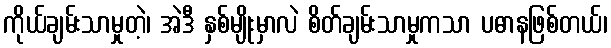
ကိုယ်ချမ်းသာမှုတဲ့၊ အဲဒီ နှစ်မျိုးမှာလဲ စိတ်ချမ်းသာမှုကသာ ပဓာနဖြစ်တယ်၊